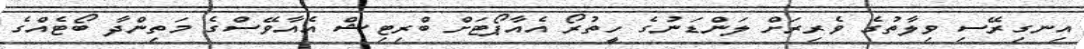
އިނގިރޭސި ވިލާތުގެ ވެރިރަށް ލަންޑަނުގެ ހީތުރޯ އެއާޕޯޓަށް ބްރިޓިޝް އެއާވޭސްގެ މަތިންދާ ބޯޓެއްގެ